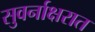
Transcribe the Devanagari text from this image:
सुवर्नाक्षरात